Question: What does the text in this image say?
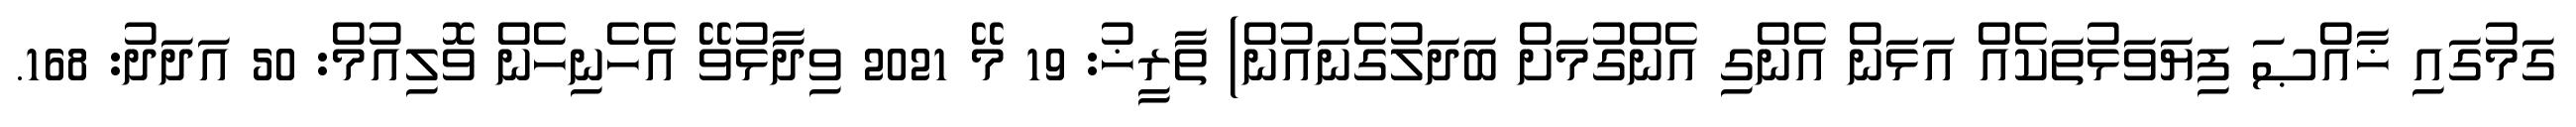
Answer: ގަމުގައި ޚާއްޞަ ފިޔަވަޅުތަކެއް އަޅަން އެންގި އެންގުމަށް ބަދަލުގެނައުން) ތާރީޚު: 19 މޭ 2021 ވިދާޅުވޭ އެހެނިހެން ވޮލިއުމް: 50 އަދަދު: 168.